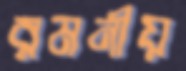
রমনীয়